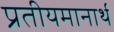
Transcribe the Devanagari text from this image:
प्रतीयमानार्थ